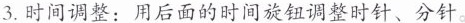
3.时间调整：用后面的时间旋钮调整时针、分针。